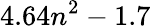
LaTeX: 4.64n^{2}-1.7